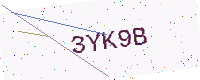
Text: 3YK9B